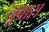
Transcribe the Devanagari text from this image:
नूवास